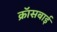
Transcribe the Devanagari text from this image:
क्रॉसबाई